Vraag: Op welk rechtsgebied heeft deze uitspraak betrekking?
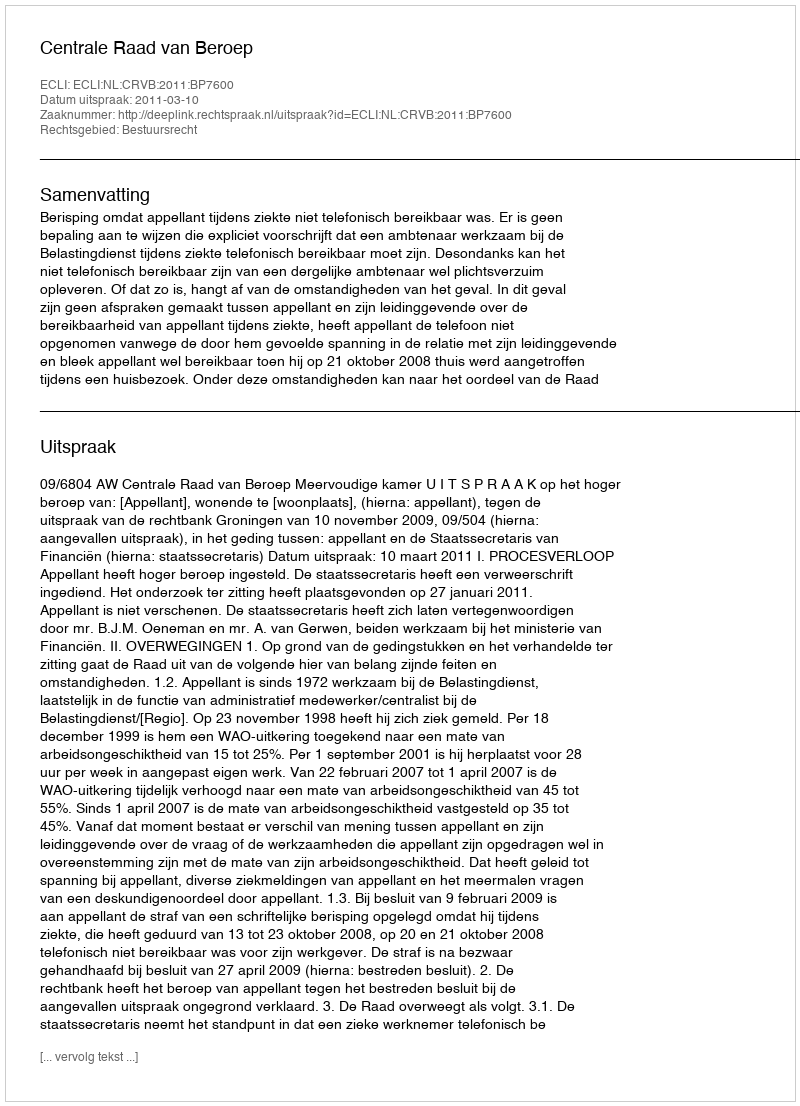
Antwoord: Bestuursrecht